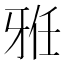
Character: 𱭥